Mental hospitals Bombay report 1929-33 - 1929-1933
Year: 1929
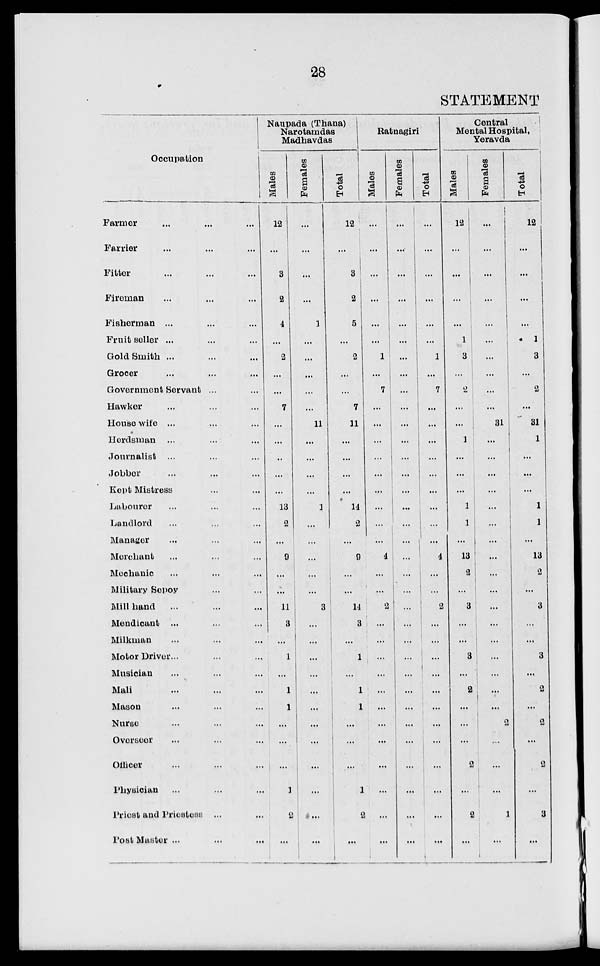
28
STATEMENT
Occupation
Farmer ... ... ...
Farrier ... ... ...
Fitter ... ... ...
Fireman ... ... ....
Fisherman ... ... ...
Fruit seller ... ... ...
Gold Smith ... ... ....
Grocer ... ... ...
Government Servant ... ...
Hawker ... ... ...
House wife ... ... ...
Herdsman ... ... ...
Journalist ... ... ...
Jobber ... ... ...
Kept Mistress ... ... ...
Labourer ... ... ...
Landlord ... ... ...
Manager ... ... ...
Merchant ... ... ...
Mechanic ... ... ...
Military Sepoy ... ...
Mill hand ... ... ...
Mendicant ... ... ...
Milkman ... ... ...
Motor Driver ... ... ...
Musician ... ... ...
Mali ... ... ...
Mason ... ... ...
Nurse ... ... ...
Overseer ... ... ...
Officer ... ... ...
Physician ... ... ...
Priest and Priestess ... ...
Post Master ... ... ...
Naupada (Thana)
Narotamdas
Madhavdas
Males
12
...
3
2
4
...
2
...
...
7
...
...
..
...
...
13
2
...
9
...
...
11
3
...
1
...
1
1
...
...
...
1
2
...
Females
...
...
...
...
1
...
...
...
...
...
11
...
...
...
...
1
...
...
...
...
...
3
...
...
...
...
...
...
...
...
...
...
...
...
Total
12
...
3
2
5
...
2
...
...
7
11
...
...
...
...
14
2
...
9
...
...
14
3
...
1
...
1
1
...
...
...
1
2
...
Ratnagiri
Males
...
...
...
...
...
...
1
...
7
...
...
...
...
...
...
...
...
...
4
...
...
2
...
...
...
...
...
...
...
...
...
...
...
...
Females
...
...
...
...
...
...
...
...
...
...
...
...
...
...
...
...
...
...
...
...
...
...
...
...
...
...
...
...
...
...
...
...
...
...
Total
...
...
...
...
...
...
1
...
7
...
...
...
...
...
...
...
...
...
4
...
...
... 2
...
...
...
...
...
...
...
...
...
...
...
...
Central
Mental Hospital,
Yeravda
Males
12
...
...
...
...
1
3
...
2
...
...
1
...
...
...
1
1
...
13
2
...
3
...
...
3
...
2
...
...
...
2
...
2
...
Females
...
...
...
...
...
...
...
...
...
...
31
...
...
...
...
...
...
...
...
...
...
...
...
...
...
...
...
...
2
...
...
...
1
...
Total
12
...
...
...
...
1
3
...
2
...
31
1
...
...
...
1
1
...
13
2
...
3
...
...
3
...
2
...
2
...
2
...
3
...